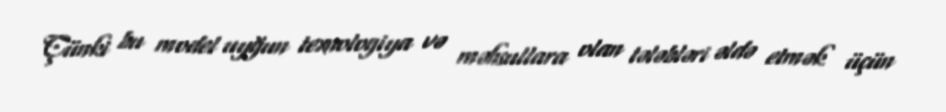
Çünki bu model uyğun texnologiya və məhsullara olan tələbləri əldə etmək üçün